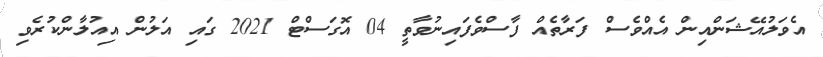
އެވަލުއޭޝަންއިން އެއްވެސް ފަރާތެއް ފާސްވެފައިނުވާތީ 04 އޮގަސްޓް 2021 ގައި އަލުން އިއުލާންކުުރެވި